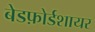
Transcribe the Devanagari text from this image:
बेडफ़ोर्डशायर